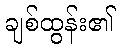
ချစ်ထွန်း၏